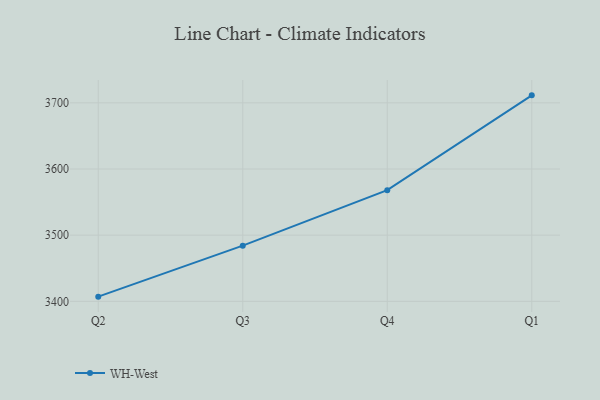
{"axis": {"x": "Quarter", "y": "Gross Profit (USD K)"}, "legend": ["WH-West"], "data": [{"x": "Q2", "y": 3407.1, "type": "WH-West"}, {"x": "Q3", "y": 3484.2, "type": "WH-West"}, {"x": "Q4", "y": 3568.0, "type": "WH-West"}, {"x": "Q1", "y": 3711.3, "type": "WH-West"}]}